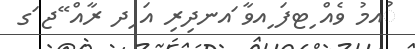
ުއމު ވެއް ިޓފަ ިއވާ ައނދިރި އަ ިދ ރާއް ޭޖ ަގ